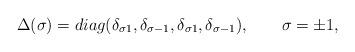
LaTeX: \begin{align*}\Delta (\sigma )=diag(\delta _{\sigma 1},\delta _{\sigma -1},\delta _{\sigma1},\delta _{\sigma -1}),\qquad \sigma =\pm 1, \end{align*}